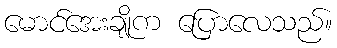
မောင်အေးချိုက ပြောလေသည်။